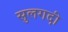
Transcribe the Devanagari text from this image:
सुलगदी